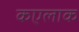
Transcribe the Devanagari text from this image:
कएलाक